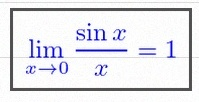
\lim_{x\to0}\frac{\sin x}{x}=1